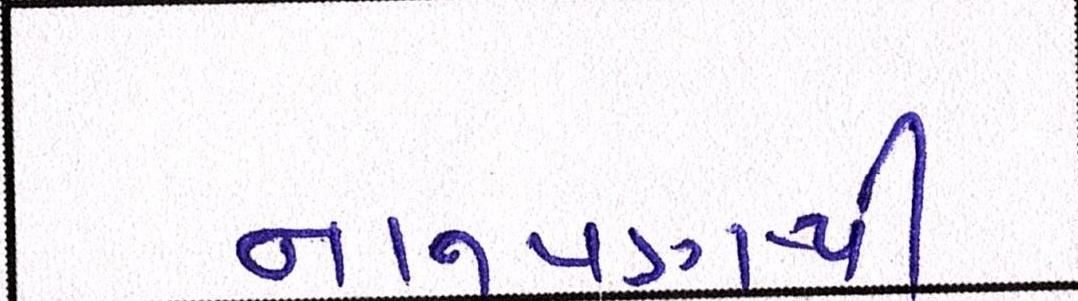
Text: નાનપણથી